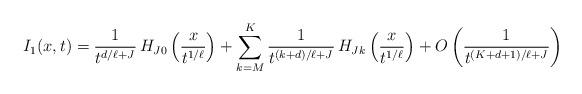
LaTeX: \begin{align*}I_1(x,t)=\dfrac{1}{t^{d/\ell+J}}\,{H}_{J0}\left(\dfrac{x}{t^{1/\ell}}\right)+\sum\limits_{k=M}^K\dfrac{1}{t^{(k+d)/\ell+J}}\,{H}_{Jk}\left(\dfrac{x}{t^{1/\ell}}\right)+O\left(\dfrac{1}{t^{(K+d+1)/\ell+J}}\right)\end{align*}